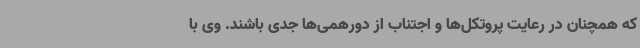
که همچنان در رعایت پروتکل‌ها و اجتناب از دورهمی‌ها جدی باشند. وی با